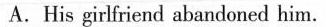
A.His girlfriend abandoned him.